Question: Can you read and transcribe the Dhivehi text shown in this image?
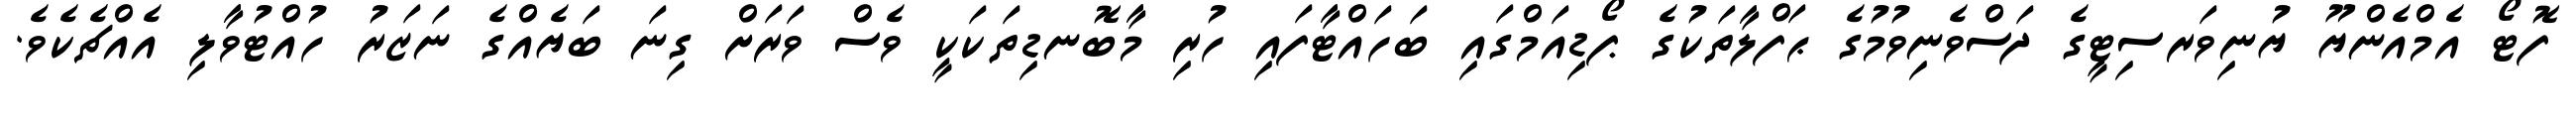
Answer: ފޮޓޯ އެމްއެންޔޫ ޔުނިވަރސިޓީގެ ދަސްވެނިވުމުގެ ޙަފްލާތަކުގެ ޕޯޑިއަމްގައި ބަހައްޓާފައި ހުރި މާބޮނޑިތަކަކީ ވެސް ވަރަށް ގިނަ ބަޔެއްގެ ނަޒަރު ހުއްޓުވާލި އެއްޗެކެވެ.